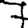
Digit: 7